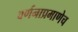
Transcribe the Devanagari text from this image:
वर्णनाप्रमाणेच